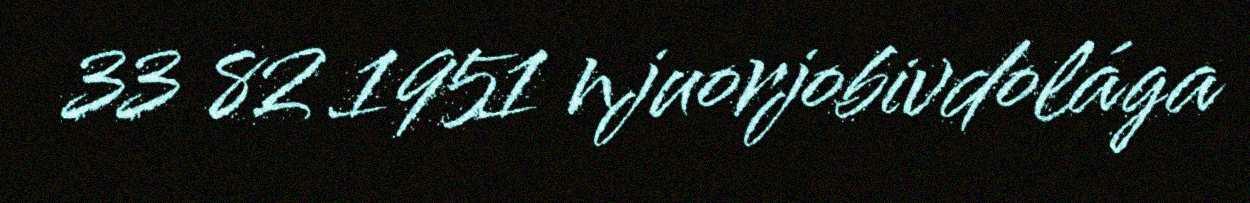
33 82 1951 njuorjobivdolága